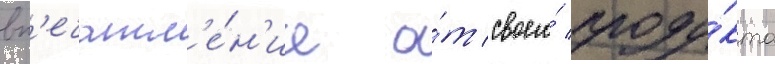
вп'ечатл'е́н'ие о́т своего́ проду́кта